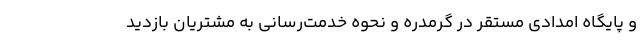
و پایگاه امدادی مستقر در گرمدره و نحوه خدمت‌رسانی به مشتریان بازدید